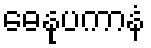
ဓေနုပကာနံ